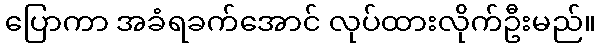
ပြောကာ အခံရခက်အောင် လုပ်ထားလိုက်ဦးမည်။